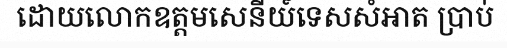
ដោយលោកឧត្តមសេនីយ៍ទេសសំអាត ប្រាប់